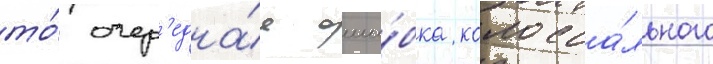
то́ очер'една́я оши́бка колосса́льного